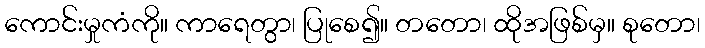
ကောင်းမှုကံကို။ ကာရေတွာ၊ ပြုစေ၍။ တတော၊ ထိုအဖြစ်မှ။ စုတော၊